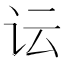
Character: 𲂄